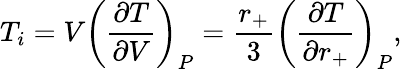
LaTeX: T_{i}=V\left(\frac{\partial T}{\partial V}\right)_{P}=\frac{r_{+}}{3}\left(\frac{\partial T}{\partial r_{+}}\right)_{P},